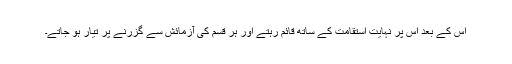
اس کے بعد اس پر نہایت استقامت کے ساتھ قائم رہتے اور ہر قسم کی آزمائش سے گزرنے پر تیار ہو جاتے۔